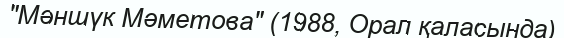
"Мәншүк Мәметова" (1988, Орал қаласында)